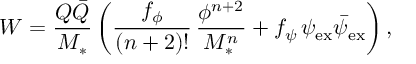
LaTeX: W = \frac { Q \bar { Q } } { M _ { * } } \left( \frac { f _ { \phi } } { ( n + 2 ) ! } \, \frac { \phi ^ { n + 2 } } { M _ { * } ^ { n } } + f _ { \psi } \, \psi _ { \mathrm { e x } } \bar { \psi } _ { \mathrm { e x } } \right) ,